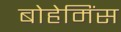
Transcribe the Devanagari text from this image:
बोहेमिंस